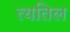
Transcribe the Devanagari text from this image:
त्यतिल